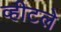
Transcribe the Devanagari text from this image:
व्हीटले